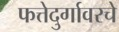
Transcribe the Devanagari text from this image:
फत्तेदुर्गावरचे